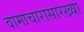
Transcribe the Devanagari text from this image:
वामाचारासारख्या